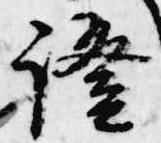
証